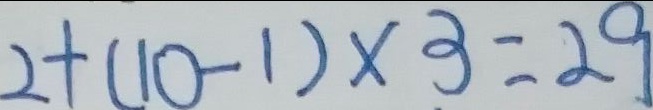
2 + ( 1 0 - 1 ) \times 3 = 2 9